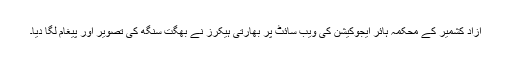
آزاد کشمیر کے محکمہ ہائر ایجوکیشن کی ویب سائٹ پر بھارتی ہیکرز نے بھگت سنگھ کی تصویر اور پیغام لگا دیا۔